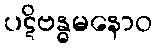
ပဋိဗန္ဓမနောဝ